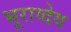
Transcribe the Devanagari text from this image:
भूराय्देव